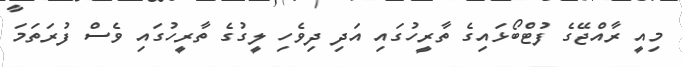
މިއީ ރާއްޖޭގެ ފުޓްބޯޅައިގެ ތާރީހުގައި އަދި ދިވެހި ލީގުގެ ތާރީހުގައި ވެސް ފުރަތަމަ